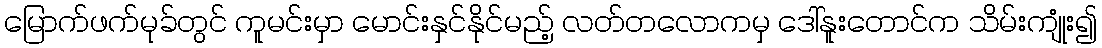
မြောက်ဖက်မုခ်တွင် ကူမင်းမှာ မောင်းနှင်နိုင်မည့် လတ်တလောကမှ ဒေါ်နူးတောင်က သိမ်းကျုံး၍